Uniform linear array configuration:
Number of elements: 64
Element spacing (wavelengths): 0.75
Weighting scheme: cosine
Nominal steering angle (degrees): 0
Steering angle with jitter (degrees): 1.655
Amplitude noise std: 0.05
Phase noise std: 0.05

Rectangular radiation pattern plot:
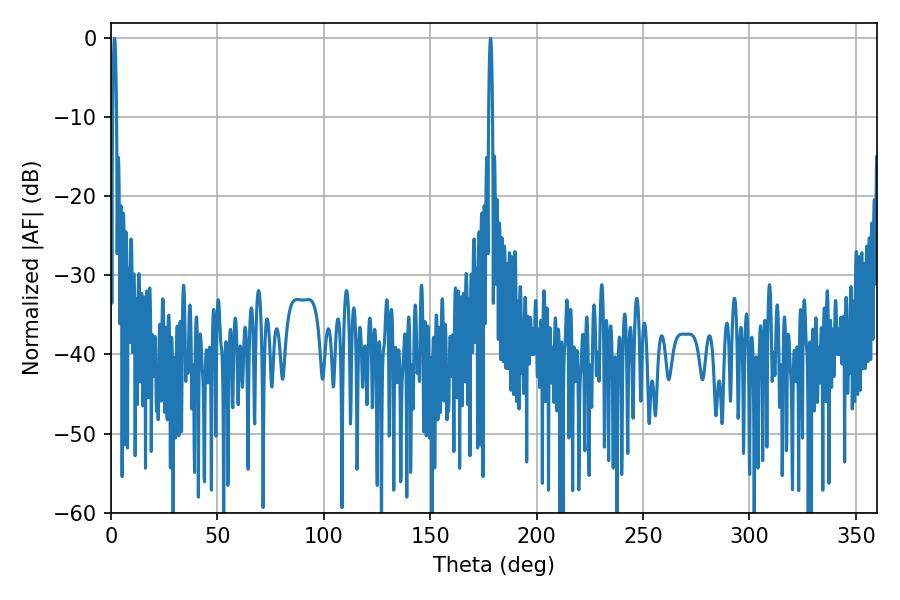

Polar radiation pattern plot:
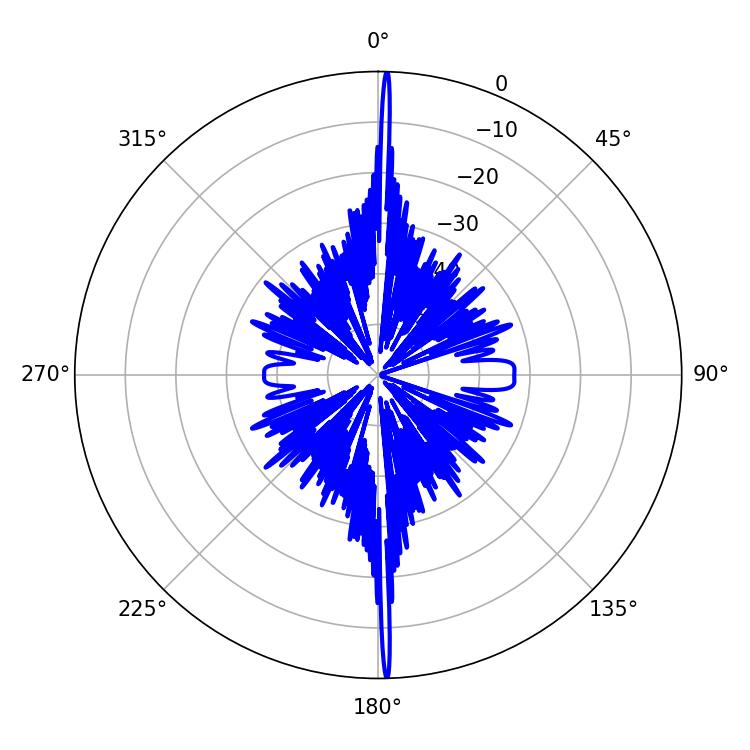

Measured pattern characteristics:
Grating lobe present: TRUE
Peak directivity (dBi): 31.855
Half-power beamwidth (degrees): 0.9
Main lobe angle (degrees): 178.38